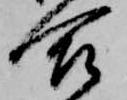
合